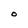
Character: O